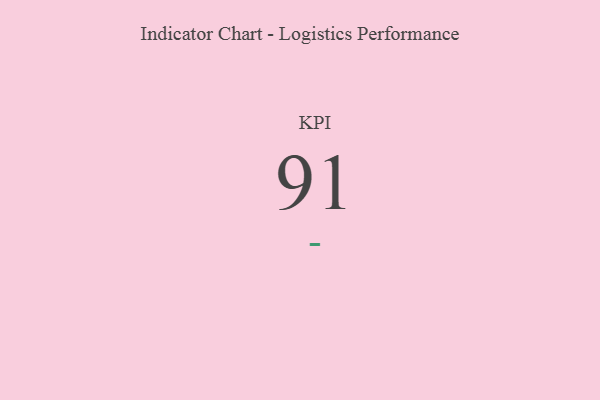
{"axis": {"x": "KPI", "y": "Value"}, "legend": [""], "data": [{"x": "KPI", "y": 91, "type": ""}]}